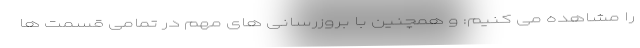
را مشاهده می کنیم: و همچنین با بروزرسانی های مهم در تمامی قسمت ها